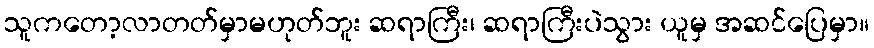
သူကတော့လာတတ်မှာမဟုတ်ဘူး ဆရာကြီး၊ ဆရာကြီးပဲသွား ယူမှ အဆင်ပြေမှာ။